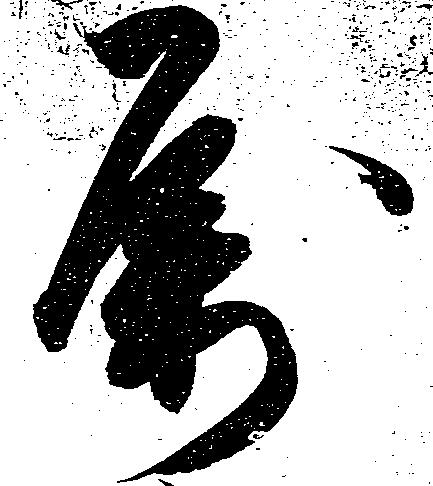
属